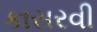
કાસરવી